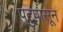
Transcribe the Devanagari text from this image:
पटुपासून